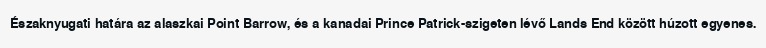
Északnyugati határa az alaszkai Point Barrow, és a kanadai Prince Patrick-szigeten lévő Lands End között húzott egyenes.